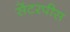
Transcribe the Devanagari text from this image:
सेंटरपीस